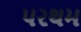
પરથમ